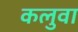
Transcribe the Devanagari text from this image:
कलुवा